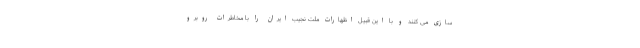
سازی می کنند و با این قبیل اظهارات ملت نجیب ایران را با مخاطرات روبرو